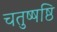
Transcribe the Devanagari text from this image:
चतुष्षष्ठि